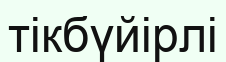
тікбүйірлі